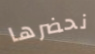
نحضرها